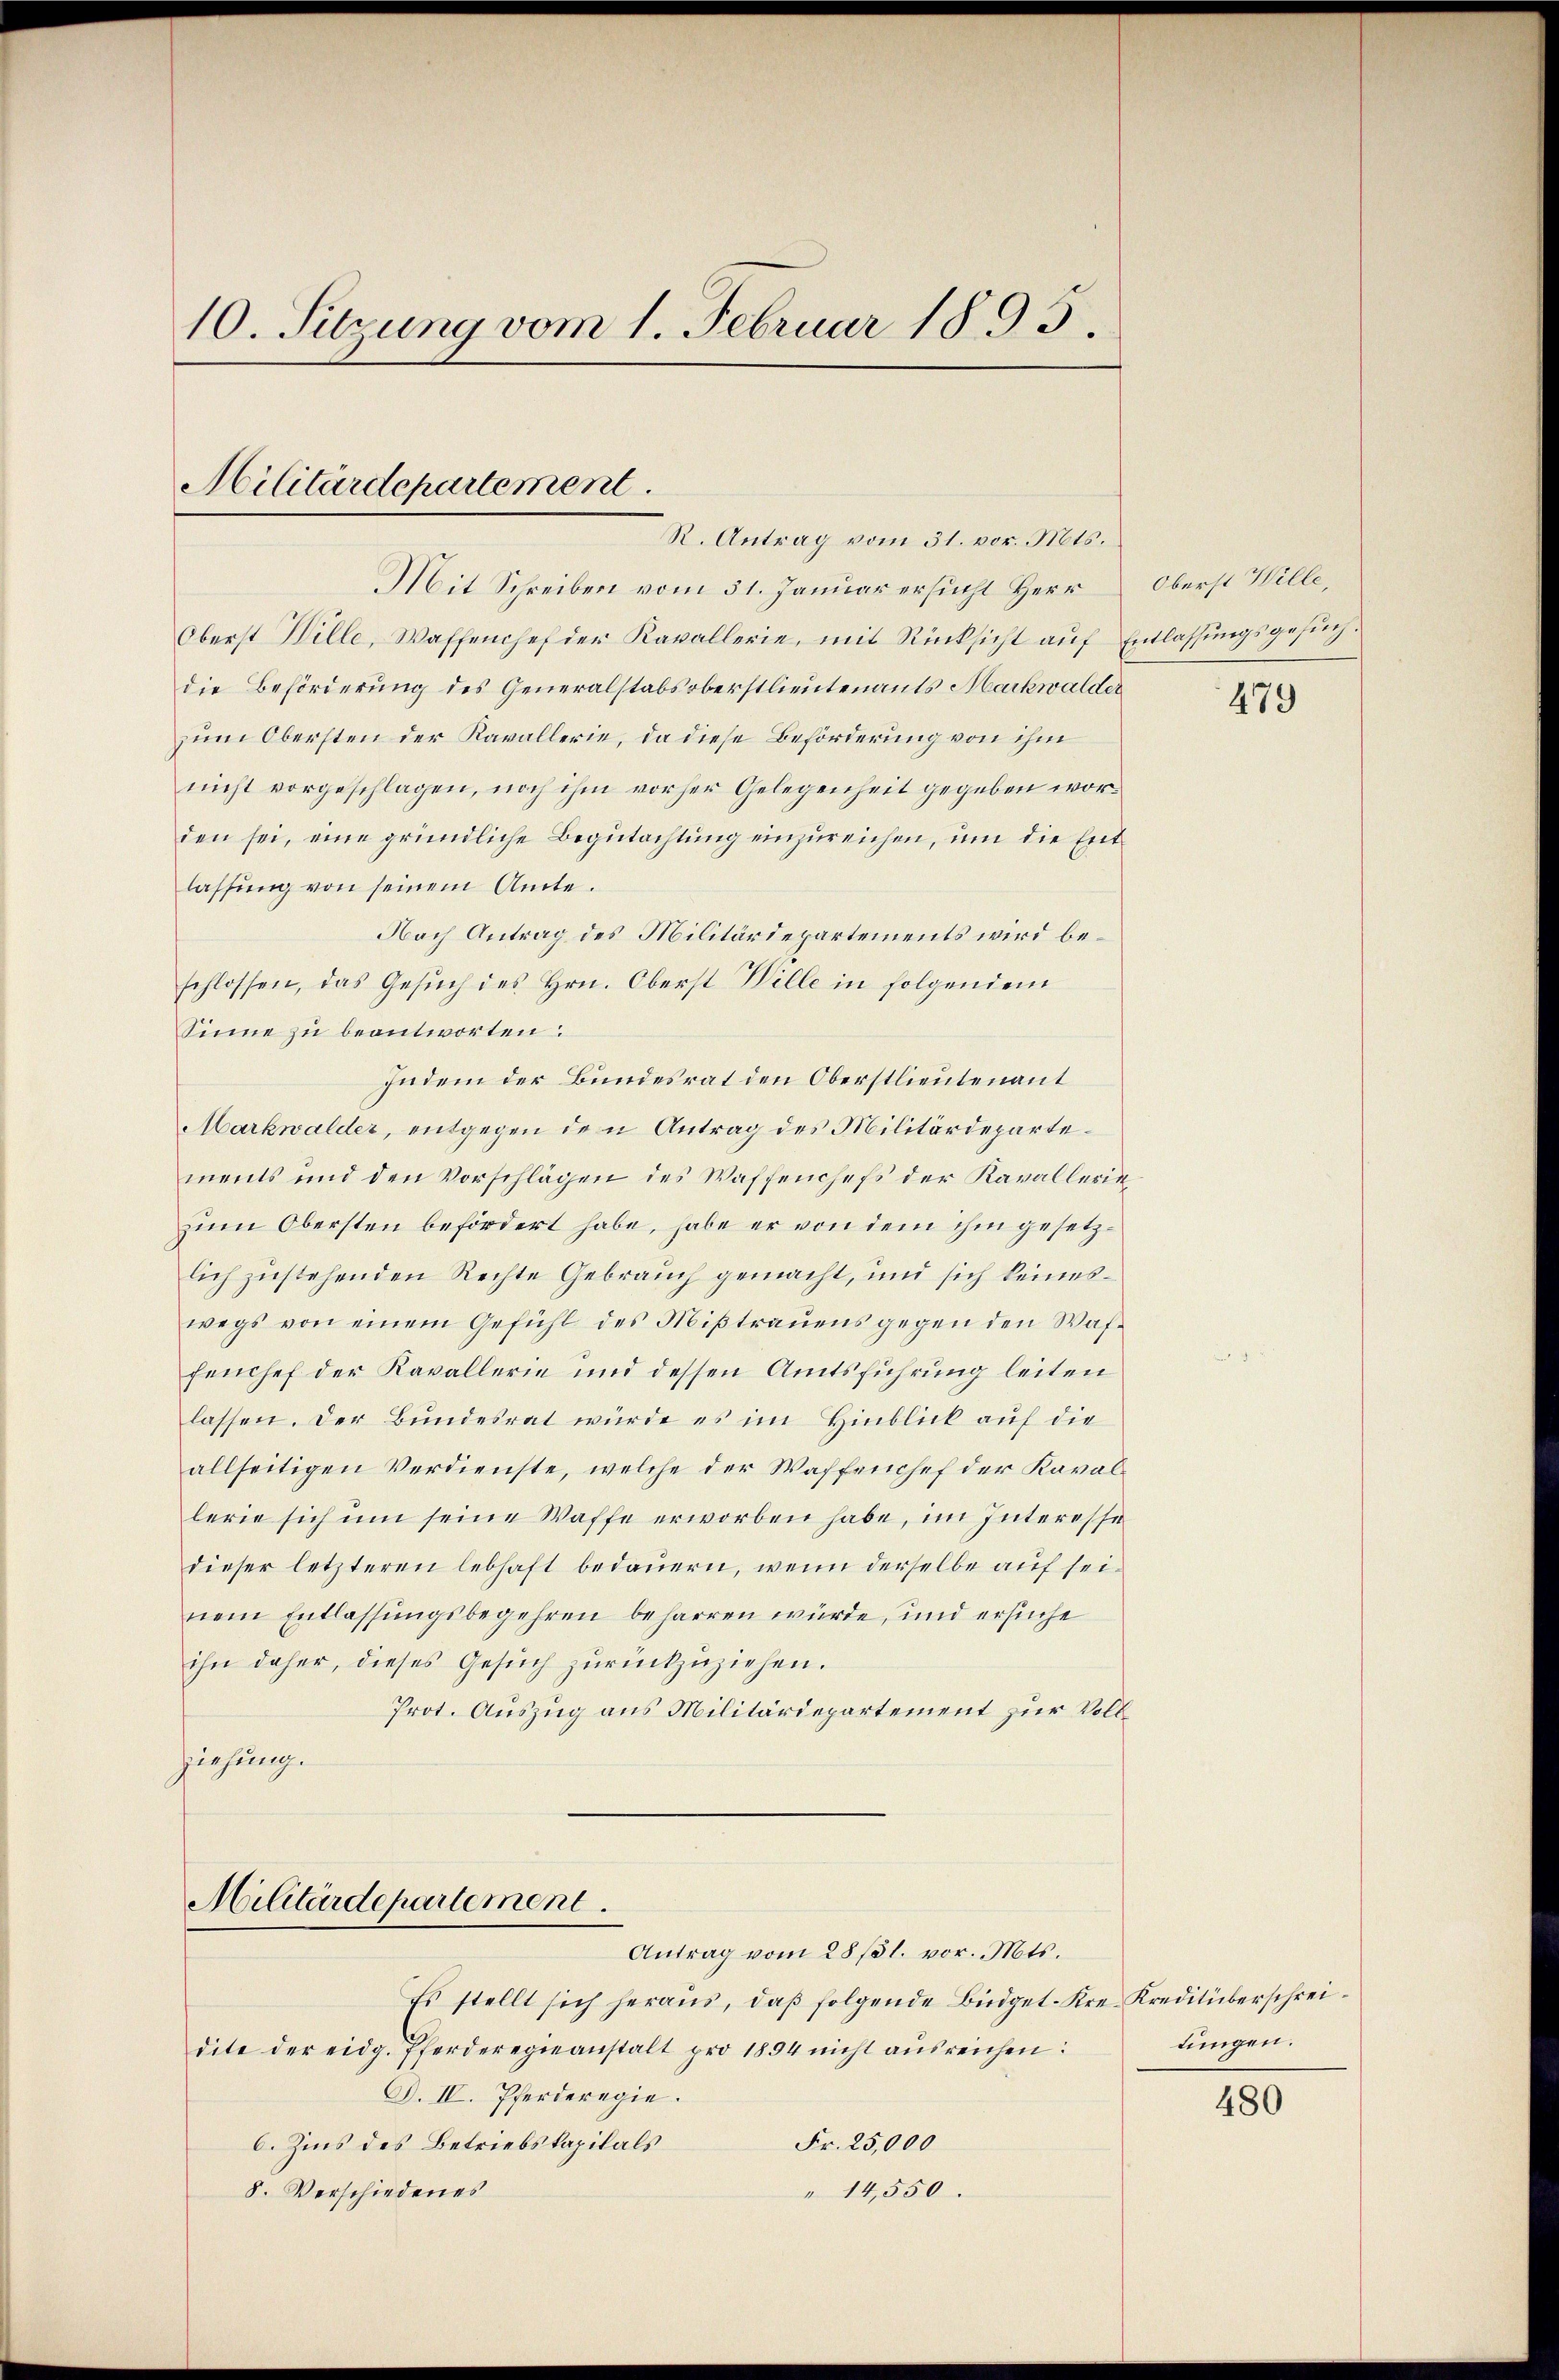
10. Sitzung vom 1. Februar 1895.

Militärdepartement
R. Antrag vom 31. vor. Mts.

Mit Schreiben vom 31. Januar ersucht Herr
Oberst Wille, Waffenchef der Kavallerie, mit Rücksicht auf Entlassungsgesuchdie Beförderung des Generalstabsoberstlieutenants Markwalder
zum Obersten der Kavallerie, da diese Beförderung von ihm
nicht vorgeschlagen, noch ihm vorher Gelegenheit gegeben worden sei, eine gründliche Begutachtung einzureichen, um die Entlassung von seinem Amte.
Nach Antrag des Militärdepartements wird beschlossen, das Gesŭch des Hrn. Oberst Wille in folgendem
Sinne zu beantworten:
Indem der Bundesrat den Oberstlieutenant
Markwalder, entgegen den Antrag des Militärdepartements und den Vorschlägen des Waffenchefs der Kavallerie
zum Obersten befördert habe, habe er von dem ihm gesetzlich zustehenden Rechte Gebrauch gemacht, und sich keineswegs von einem Gefühl des Miβtraŭens gegen den Was-
fenchef der Kavallerie und dessen Amtsführung leiten
lassen. Der Bundesrat würde es im Hinblick auf die
allseitigen Verdienste, welche der Waffenchef der Kavallerie sich um seine Waffe erworben habe, im Interesse
dieser letzteren lebhaft bedauern, wenn derselbe auf seinem Entlassungsbegehren beharren würde, und ersuche
ihn daher, dieses Gesŭch zŭrückzuziehen.
Prot. Auszug aus Militärdepartement zur Vollziehung.
A

Militärdepartement.
Antrag vom 28/31. vor. Mts.

Es stellt sich heraus, daß folgende Büdgetdite der eidg. Pferderegieanstalt pro 1894 nicht aŭsreichen:
S. IV. Pferderegie
Fr. 25,000
C. Zins des Betriebskapitals
" 14,550.
8. Verschiedenes

Oberst Wille,

479

Kre-Kreditüberschreilungen.

480